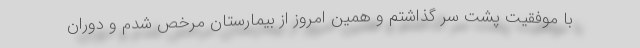
با موفقیت پشت سر گذاشتم و همین امروز از بیمارستان مرخص شدم و دوران